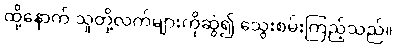
ထို့နောက် သူတို့လက်များကိုဆွဲ၍ သွေးစမ်းကြည့်သည်။